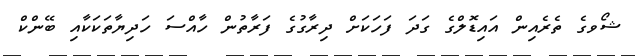
ޝޯވގެ ތެރެއިން އައިޑޮލްގެ ގަދަ ފަހަކަށް ދިރާގުގެ ފަރާތުން ހާއްސަ ހަދިޔާތަކަކާއި ބޭންކް